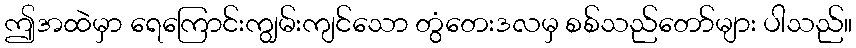
ဤအထဲမှာ ရေကြောင်းကျွမ်းကျင်သော တွံတေးဒလမှ စစ်သည်တော်များ ပါသည်။